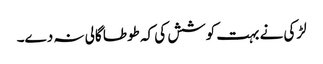
لڑکی نے بہت کوشش کی کہ طوطا گالی نہ دے۔